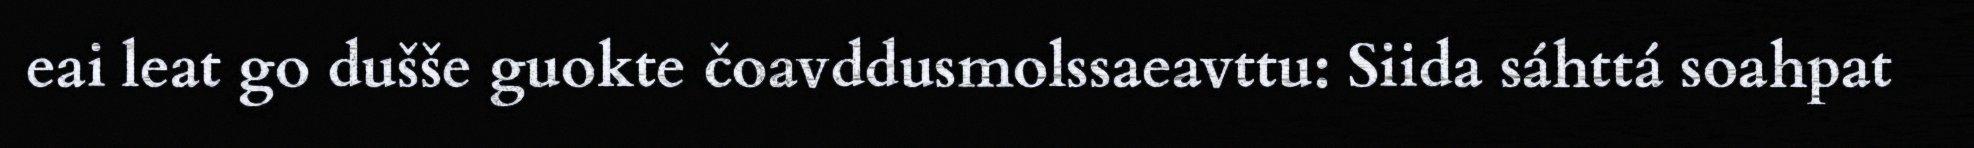
eai leat go dušše guokte čoavddusmolssaeavttu: Siida sáhttá soahpat